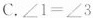
C.$$∠ 1 = ∠ 3$$